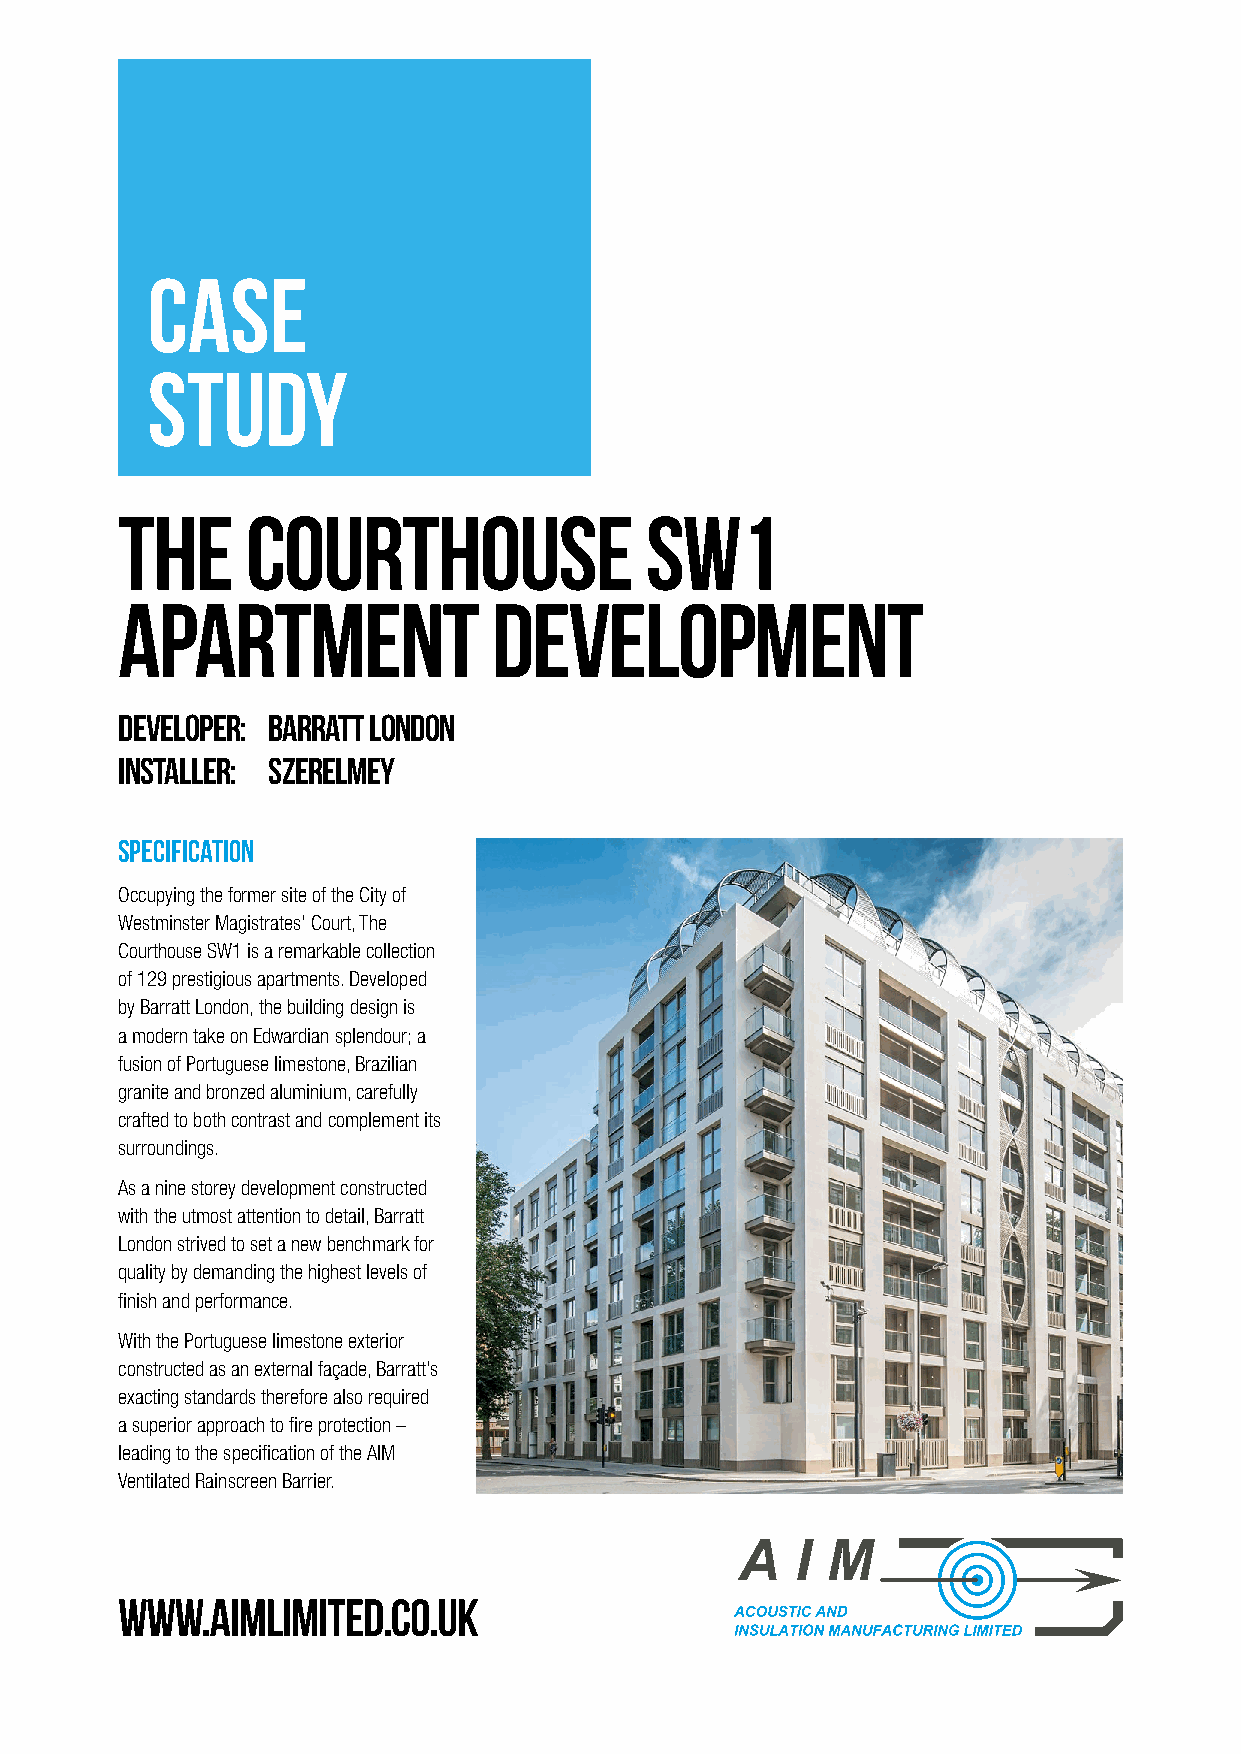
Case
 Study
 THE     COURTHOUSE                 SW1
 APARTMENT                DEVELOPMENT
 Developer: Barratt London
 Installer: Szerelmey
 Specification
 Occupying the former site of the City of
 Westminster Magistrates’ Court, The
 Courthouse SW1 is a remarkable collection
 of 129 prestigious apartments. Developed
 by Barratt London, the building design is
 a modern take on Edwardian splendour; a
 fusion of Portuguese limestone, Brazilian
 granite and bronzed aluminium, carefully
 crafted to both contrast and complement its
 surroundings.
 As a nine storey development constructed
 with the utmost attention to detail, Barratt
 London strived to set a new benchmark for
 quality by demanding the highest levels of
 finish and performance.
 With the Portuguese limestone exterior
 constructed as an external façade, Barratt’s
 exacting standards therefore also required
 a superior approach to fire protection –
 leading to the specification of the AIM
 Ventilated Rainscreen Barrier.
 WWW.AIMLIMITED.CO.UK